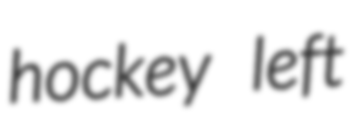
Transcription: hockey left